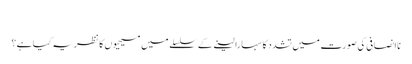
‏
نااِنصافی کی صورت میں تشدد کا سہارا لینے کے سلسلے میں مسیحیوں کا نظریہ کیا ہے؟